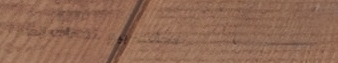
محلات بيع منتجات العناية